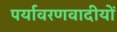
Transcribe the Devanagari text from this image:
पर्यावरणवादीयों